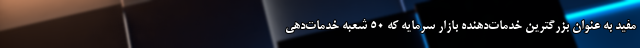
مفید به عنوان بزرگترین خدمات‌دهنده بازار سرمایه که 50 شعبه خدمات‌دهی